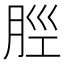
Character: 𫆞